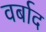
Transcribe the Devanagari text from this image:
वर्बाद